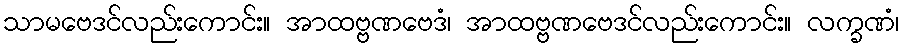
သာမဗေဒင်လည်းကောင်း။ အာထဗ္ဗဏဗေဒံ၊ အာထဗ္ဗဏဗေဒင်လည်းကောင်း။ လက္ခဏံ၊